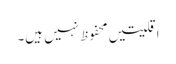
اقلیتیں محفوظ نہیں ہیں۔